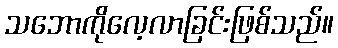
သဘောကိုလေ့လာခြင်းဖြစ်သည်။